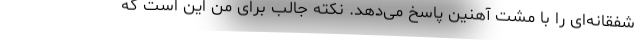
شفقانه‌ای را با مشت آهنین پاسخ می‌دهد. نکته جالب برای من این است که